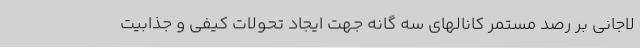
لاجانی بر رصد مستمر کانالهای سه گانه جهت ایجاد تحولات کیفی و جذابیت